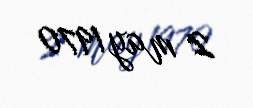
2 may 1970